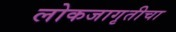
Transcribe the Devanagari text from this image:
लोकजागृतीचा